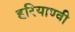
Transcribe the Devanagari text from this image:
हरियाण्वी